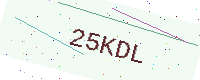
Text: 25KDL